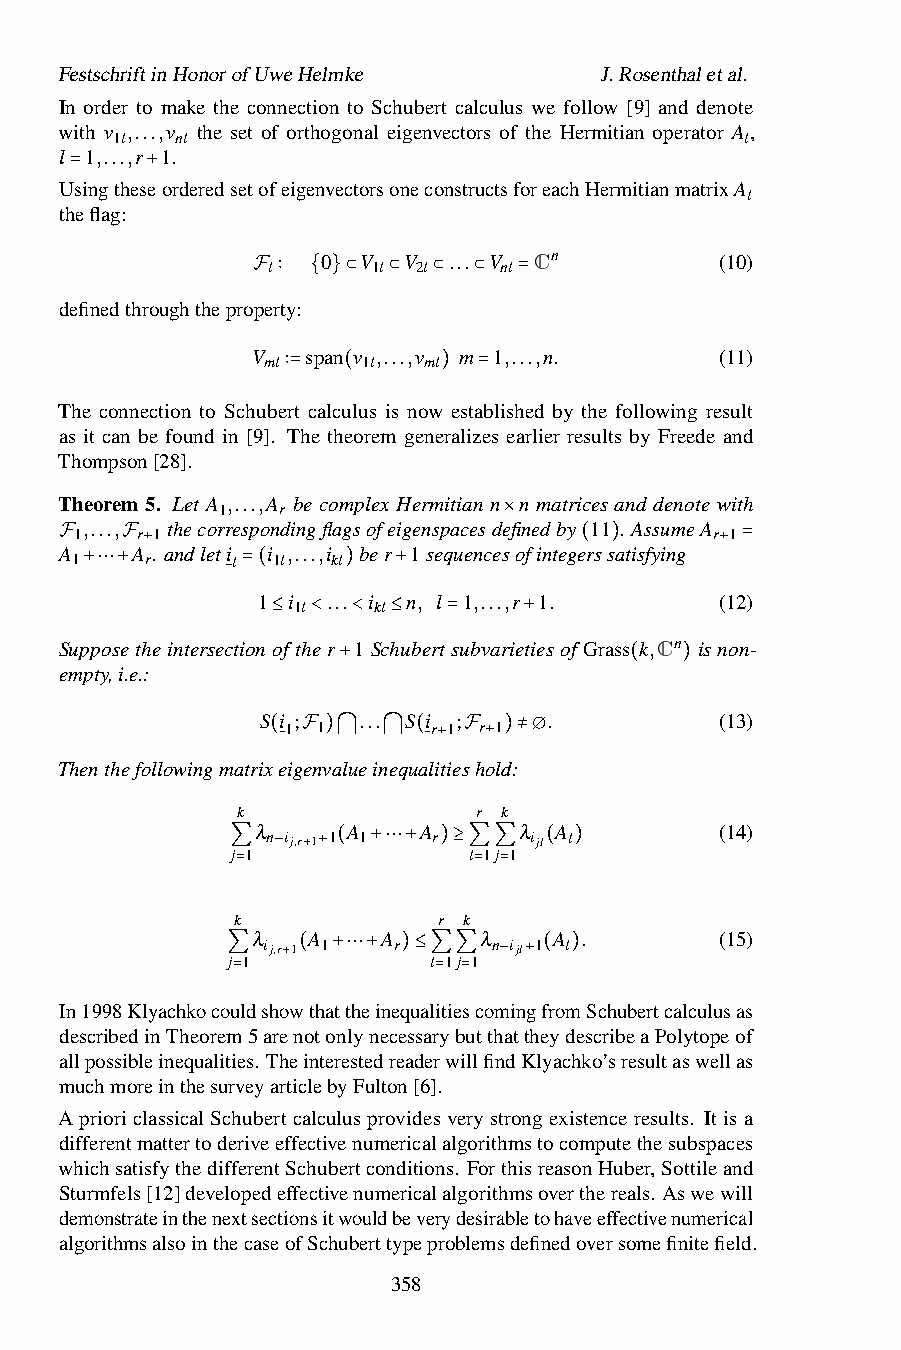
FestschriftinHonorofUweHelmke       J.Rosenthaletal.
 In order to make the connection to Schubert calculus we follow [9] and denote
 with v ,...,v the set of orthogonal eigenvectors of the Hermitian operator A,
 1l   nl                                   l
 l 1,...,r 1.
 UsingtheseorderedsetofeigenvectorsoneconstructsforeachHermitianmatrixA
 l
 =    +
 theflag:
 0  V  V  ... V Cn          (10)
 l      1l 2l   nl
 definedthroughtheproFper∶ty: { }⊂ ⊂ ⊂ ⊂ =
 V  span v ,...,v m 1,...,n.    (11)
 ml     1l  ml
 ∶=  (     )  =
 The connection to Schubert calculus is now established by the following result
 as it can be found in [9]. The theorem generalizes earlier results by Freede and
 Thompson[28].
 Theorem 5. Let A ,...,A be complex Hermitian n n matrices and denote with
 1   r
 ,..., thecorrespondingflagsofeigenspacesdefinedby 11 . AssumeA
 1   r 1                                   r 1
 A    A . andleti i ,...,i ber 1sequences×ofintegerssatisfying
 1    r    l  1l  kl
 F   F +                           ( )       + =
 +⋯+        =(1 i ...) i +n, l 1,...,r 1.   (12)
 1l    kl
 Supposetheintersection≤ofth<er <1Sch≤ubert=subvarie+tiesofGrass k,Cn isnon-
 empty,i.e.:
 +                   (  )
 S i ;  ... S i ;   .           (13)
 1 1      r 1 r 1
 Thenthefollowingmatrix(eigFenv)a⋂luein⋂equ(ali+tiesFh+old):≠∅
 k               r k
 λ     A    A     λ  A          (14)
 n ij,r+1 1 1 r   ijl l
 j 1             l 1j 1
 ∑  −  + ( +⋯+ )≥∑∑   ( )
 =              = =
 k            r k
 λ  A    A      λ    A .        (15)
 ij,r+1 1 r      n ijl 1 l
 j 1          l 1j 1
 ∑    ( +⋯+  )≤∑∑  − + ( )
 =             = =
 In1998KlyachkocouldshowthattheinequalitiescomingfromSchubertcalculusas
 describedinTheorem5arenotonlynecessarybutthattheydescribeaPolytopeof
 allpossibleinequalities. TheinterestedreaderwillfindKlyachko’sresultaswellas
 muchmoreinthesurveyarticlebyFulton[6].
 AprioriclassicalSchubertcalculusprovidesverystrongexistenceresults. Itisa
 differentmattertoderiveeffectivenumericalalgorithmstocomputethesubspaces
 whichsatisfythedifferentSchubertconditions. ForthisreasonHuber,Sottileand
 Sturmfels[12]developedeffectivenumericalalgorithmsoverthereals. Aswewill
 demonstrateinthenextsectionsitwouldbeverydesirabletohaveeffectivenumerical
 algorithmsalsointhecaseofSchuberttypeproblemsdefinedoversomefinitefield.
 358